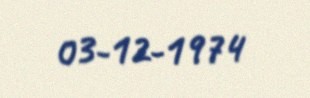
03-12-1974